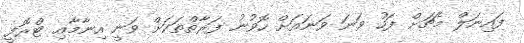
ފައިނަލް މެޗަށް ފަހު ވަނަ ވަނައަށް ހޮވުނު ފަރާތްތަކަށް ވަނީ އިނާމާއި ޓްރޮފީ